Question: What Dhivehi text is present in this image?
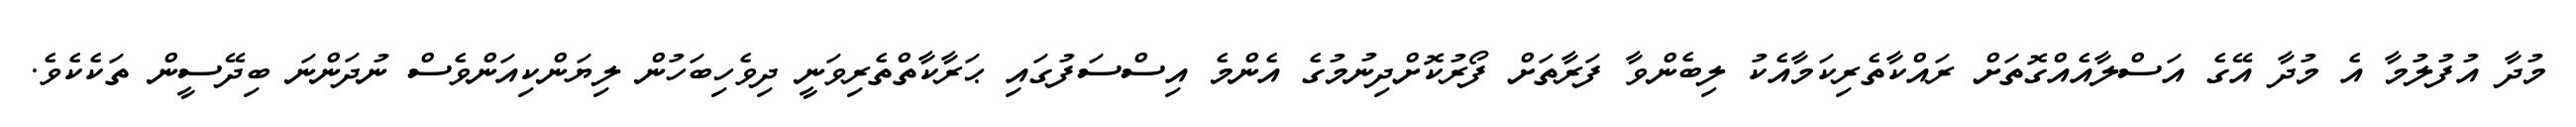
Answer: މުދާ އުފުލުމާ އެ މުދާ އޭގެ އަސްލާއެއްގޮތަށް ރައްކާތެރިކަމާއެކު ލިބެންވާ ފަރާތަށް ފޯރުކޮށްދިނުމުގެ އެންމެ އިސްސަފުގައި ޙަރާކާތްތެރިވަނީ ދިވެހިބަހުން ލިޔަންކިއަންވެސް ނުދަންނަ ބިދޭސީން ތަކެކެވެ.